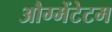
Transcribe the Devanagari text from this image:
औग्मेंटेटम